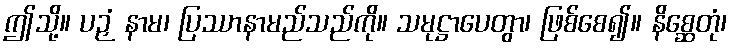
ဤသို့။ ပဉှံ နာမ၊ ပြဿာနာမည်သည်ကို။ သမုဋ္ဌာပေတွာ၊ ဖြစ်စေ၍။ နိစ္ဆေတုံ၊